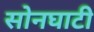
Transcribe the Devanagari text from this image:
सोनघाटी